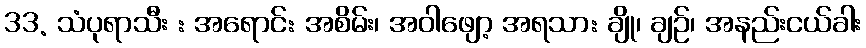
33. သံပုရာသီး : အရောင်: အစိမ်း၊ အဝါဖျော့ အရသာ: ချို၊ ချဉ်၊ အနည်းငယ်ခါး